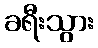
ခရီးသွား